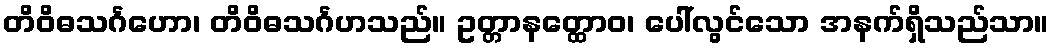
တိဝိဓသင်္ဂဟော၊ တိဝိဓသင်္ဂဟသည်။ ဥတ္တာနတ္ထောဝ၊ ပေါ်လွင်သော အနက်ရှိသည်သာ။